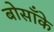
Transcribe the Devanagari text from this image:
बोसाँके